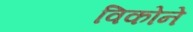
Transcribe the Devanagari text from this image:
विकोने